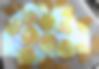
ছাগ